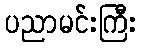
ပညာမင်းကြီး